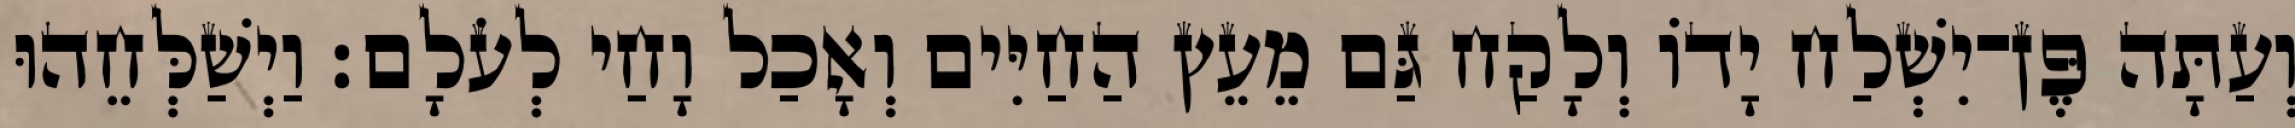
וְעַתָּה פֶּן־יִשְׁלַח יָדֹו וְלָקַח גַּם מֵעֵץ הַחַיִּים וְאָכַל וָחַי לְעֹלָם׃ וַיְשַׁלְּחֵהוּ